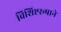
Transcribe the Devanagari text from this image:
विशिष्टरूपाने